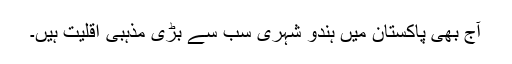
آج بھی پاکستان میں ہندو شہری سب سے بڑی مذہبی اقلیت ہیں۔